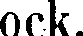
ock.